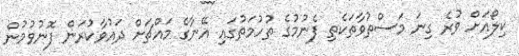
ކިލޯއަށް ވުރެ ގިނަ މަސްތުވާތަކެތި ފެނުމުގެ ތުހުމަތުގައި އޭނާގެ މައްޗަށް ދައުވާކުރަން ފޮނުވުމުން